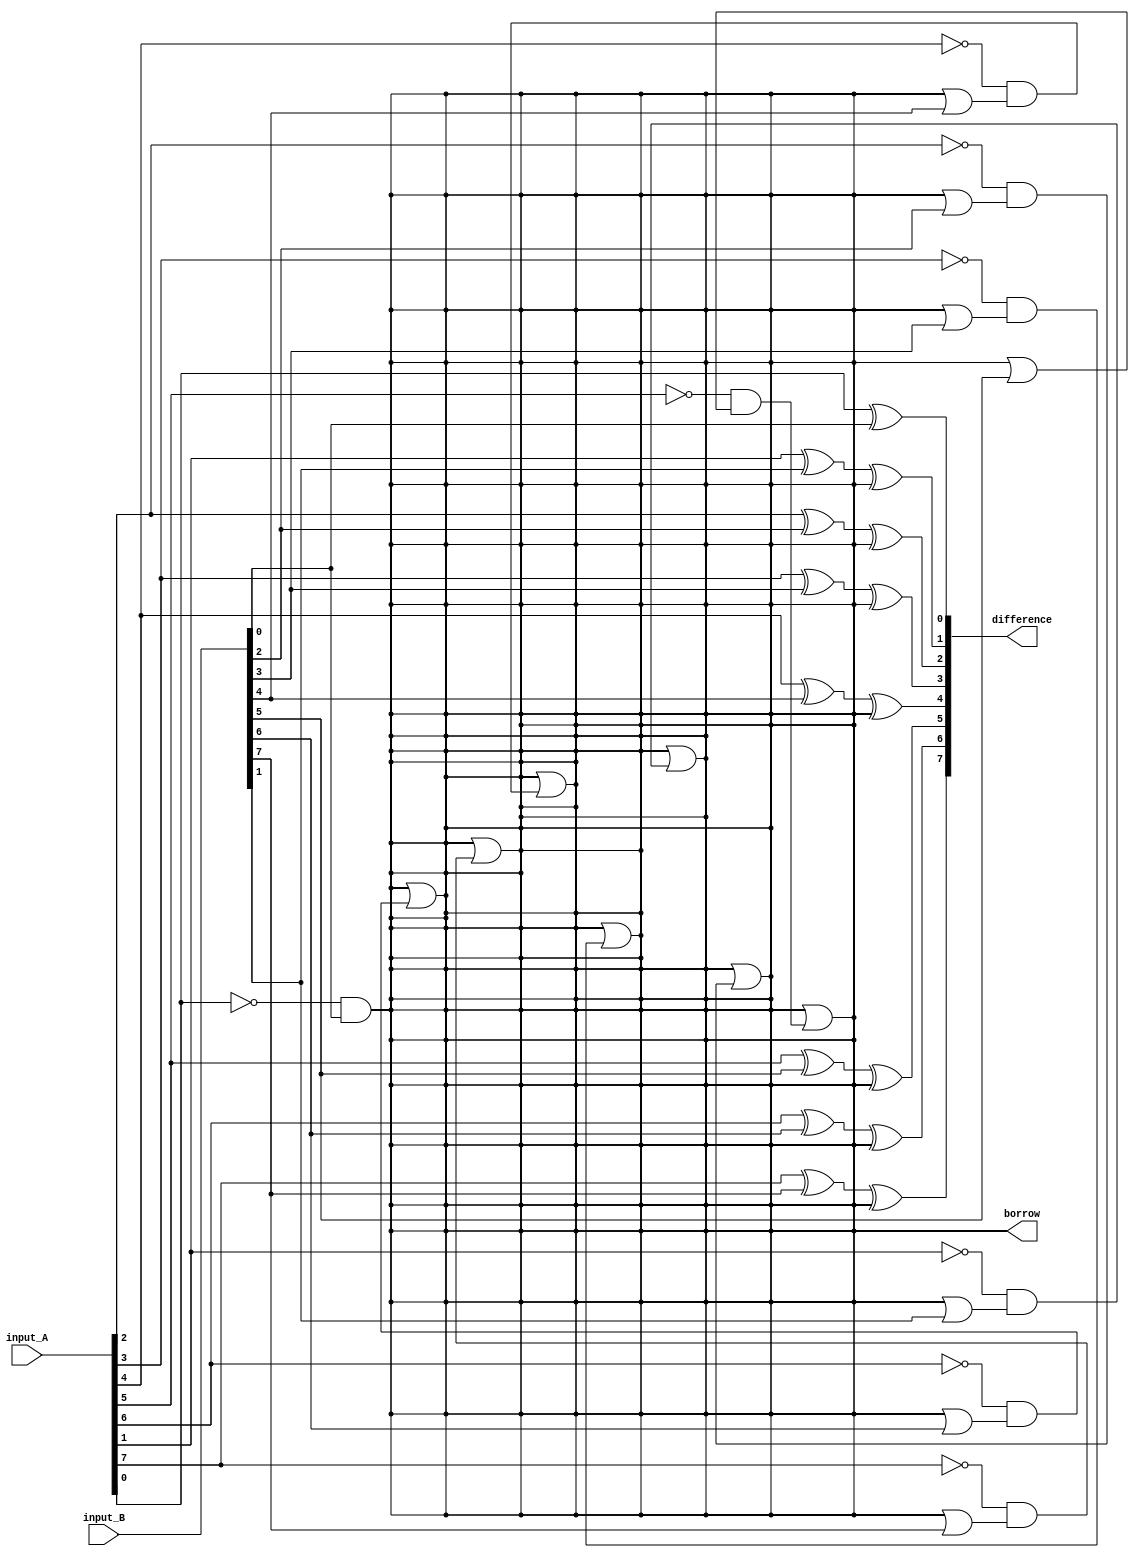
module carry_lookahead_subtractor (
    input [7:0] input_A,
    input [7:0] input_B,
    output [7:0] difference,
    output borrow
);

assign borrow = ~input_A[0] & input_B[0];

assign difference[0] = input_A[0] ^ input_B[0];

genvar i;
generate
    for (i = 1; i < 8; i = i + 1) begin : stage
        assign borrow = borrow | (~input_A[i] & (borrow | input_B[i]));
        assign difference[i] = input_A[i] ^ input_B[i] ^ borrow;
    end
endgenerate

endmodule